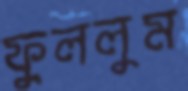
ফুললুম